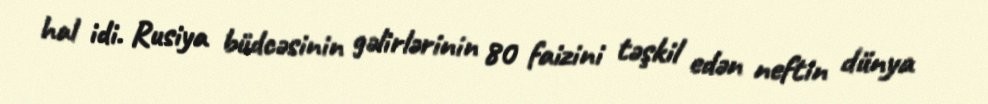
hal idi. Rusiya büdcəsinin gəlirlərinin 80 faizini təşkil edən neftin dünya